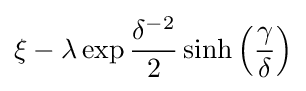
\xi -\lambda \exp {\frac {\delta ^{-2}}{2}}\sinh \left({\frac {\gamma }{\delta }}\right)